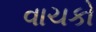
વાચકો